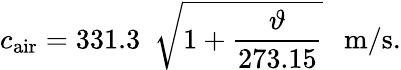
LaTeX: c_{\mathrm{air}}=331.3~~{\sqrt{1+{\frac{\vartheta}{273.15}}}}~~~\mathrm{m/s}.